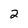
Character: 2